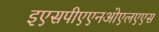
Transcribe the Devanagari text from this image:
इएसपीएएनओएलएएस